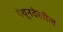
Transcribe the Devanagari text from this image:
येथूनदेखील